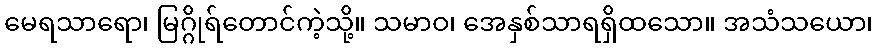
မေရသာရော၊ မြဂ္ဂိုရ်တောင်ကဲ့သို့။ သမာဝ၊ အေနှစ်သာရရှိထသော။ အသံသယော၊